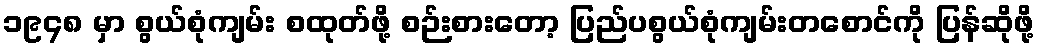
၁၉၄၈ မှာ စွယ်စုံကျမ်း စထုတ်ဖို့ စဉ်းစားတော့ ပြည်ပစွယ်စုံကျမ်းတစောင်ကို ပြန်ဆိုဖို့